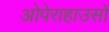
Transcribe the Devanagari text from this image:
ओपेराहाउसों